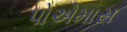
પોએમાસ